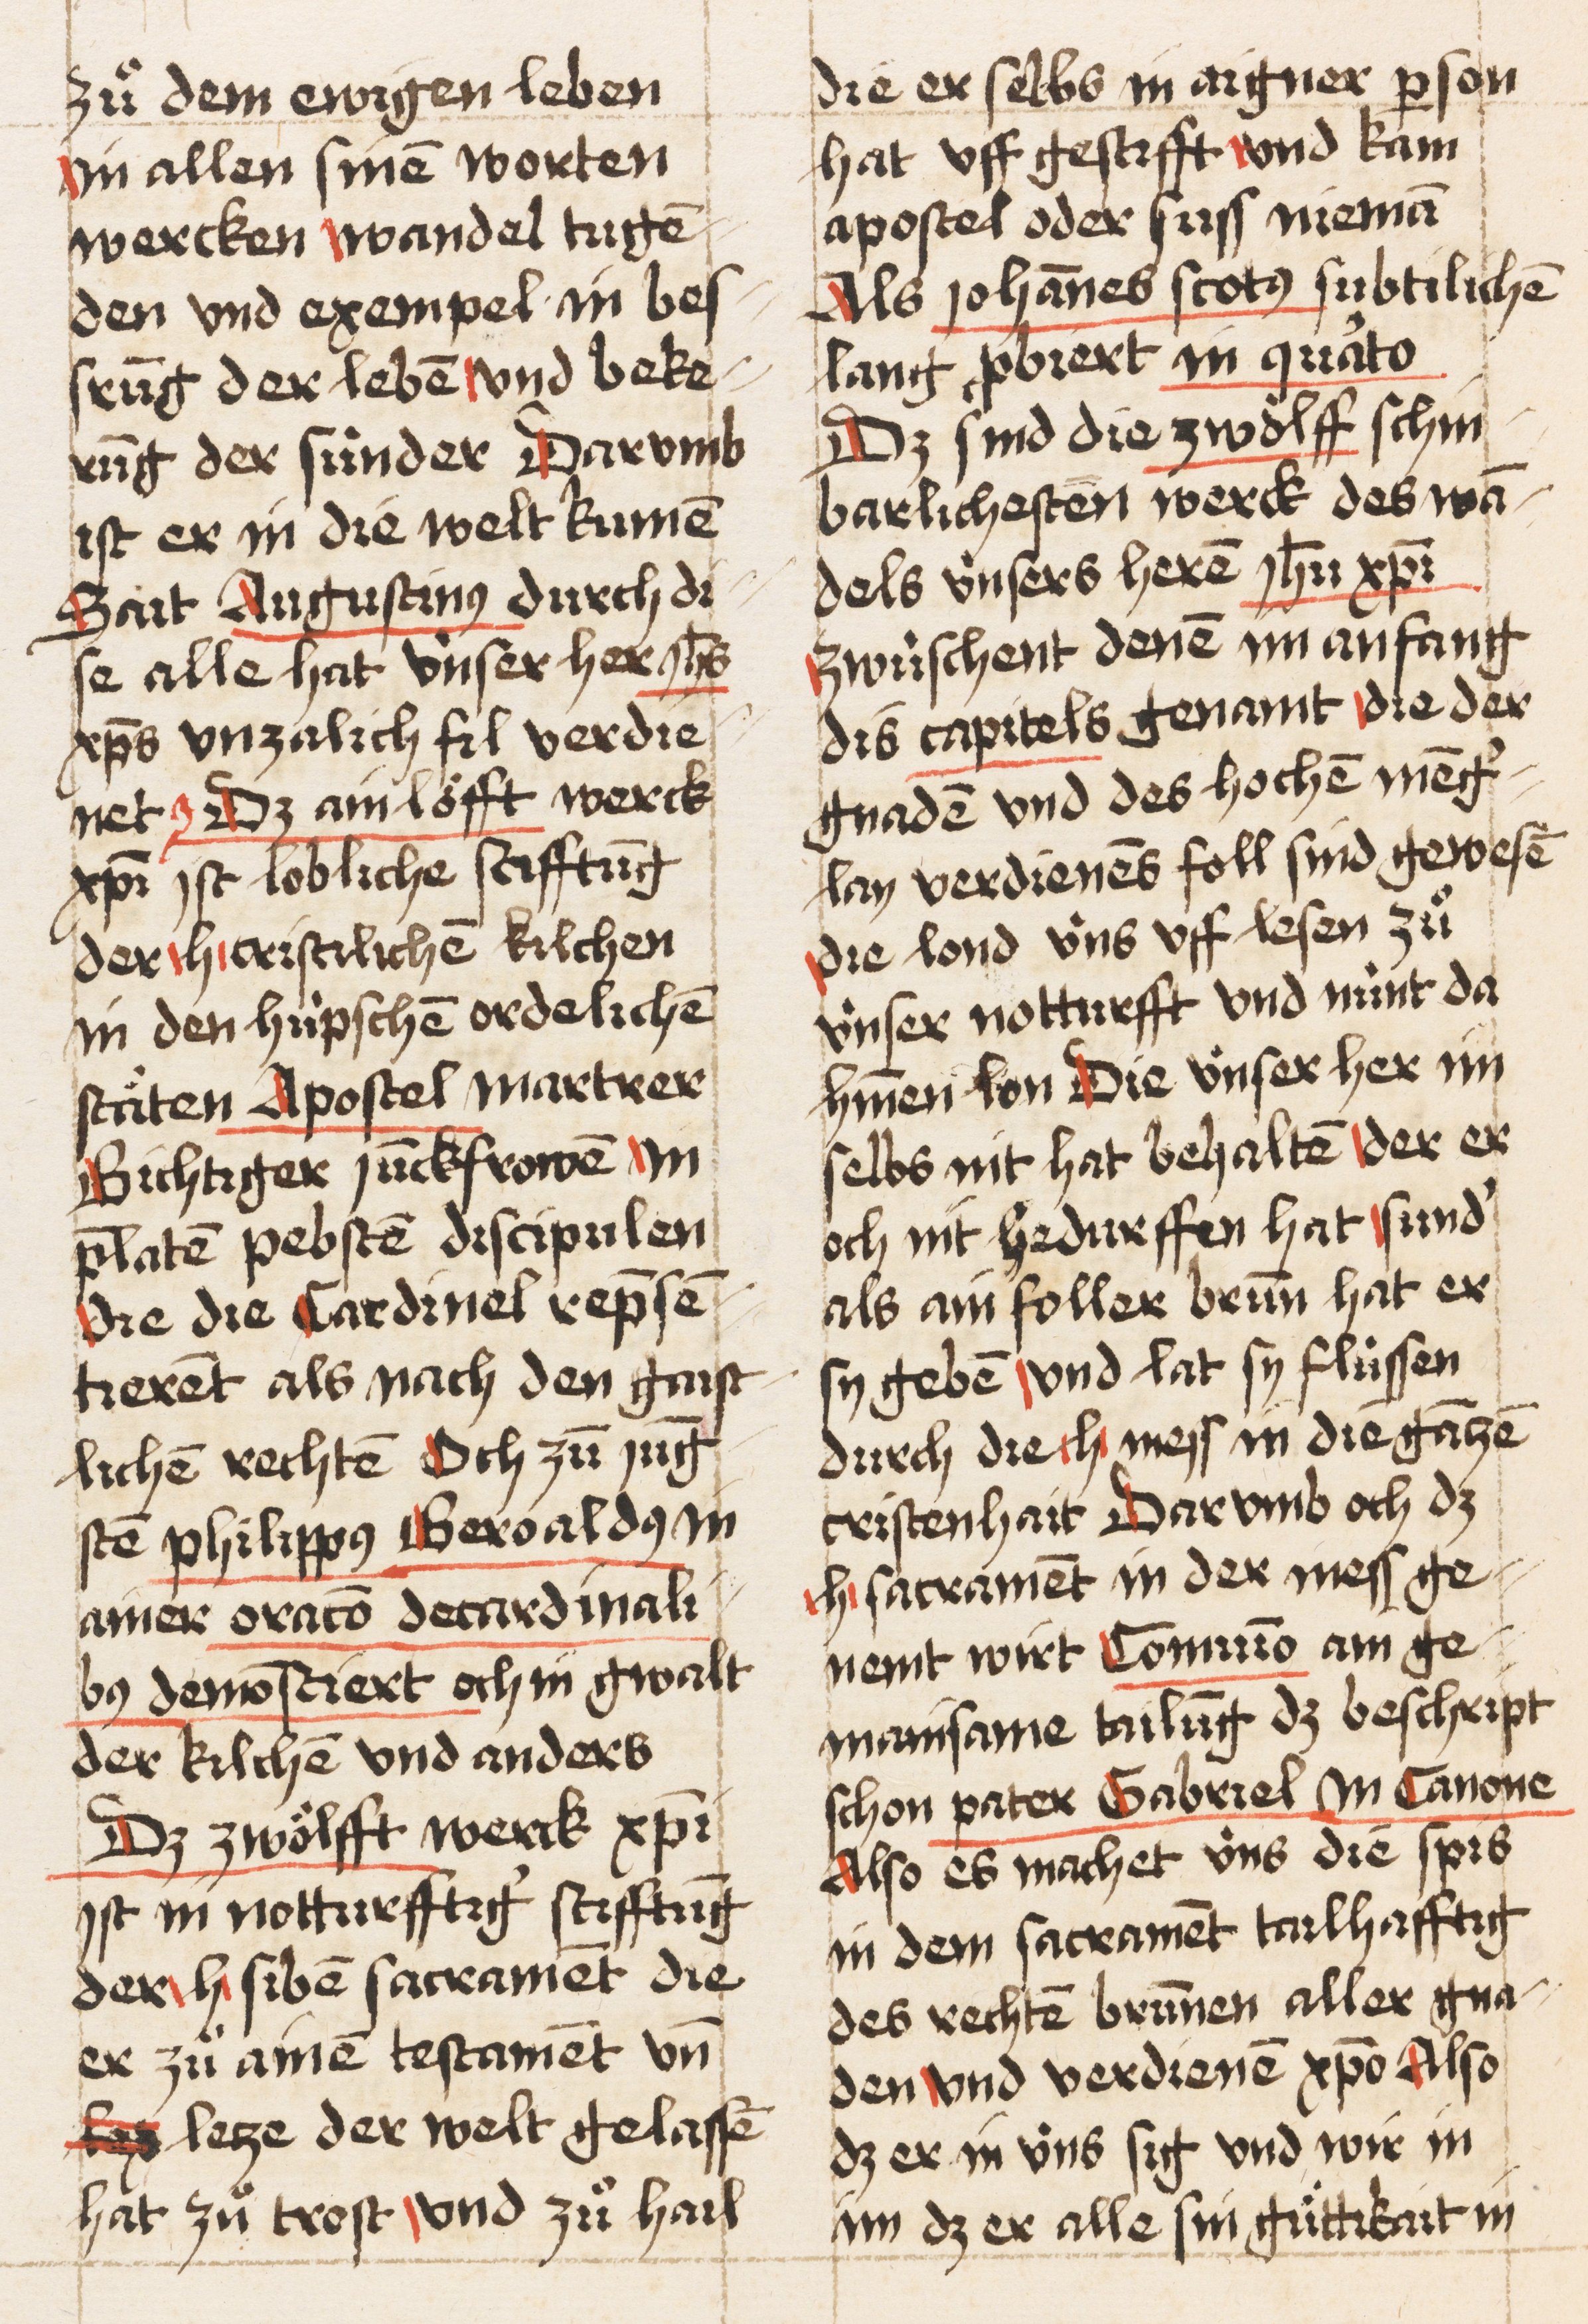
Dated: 1521–1522